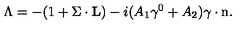
\Lambda = - ( 1 + { { \mathrm { \boldmath \Sigma } } \cdot { \bf L } } ) - i ( A _ { 1 } \gamma ^ { 0 } + A _ { 2 } ) { \mathrm { \boldmath \gamma } } \cdot { \mathrm { \boldmath n } } .